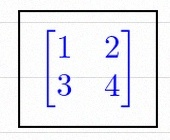
\begin{bmatrix}1&2\\3&4\end{bmatrix}